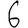
Digit: 6